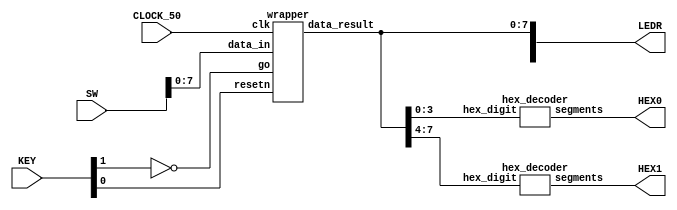
`timescale 1ns / 1ps

//implement a datapath and a FSM that controls the datapath
//so that it performs the computation:Ax2 + Bx + C

module main(SW, KEY, CLOCK_50, LEDR, HEX0, HEX1);
    input [9:0]SW;
    input [3:0]KEY;
    input CLOCK_50;
    output [9:0]LEDR;
    output [6:0]HEX0, HEX1;

    wire resetn;
    wire go;

    wire [7:0]data_result;
    assign go = ~KEY[1];
    assign resetn = KEY[0];

    wrapper u0(
        .clk(CLOCK_50),
        .resetn(resetn),
        .go(go),
        .data_in(SW[7:0]),
        .data_result(data_result)
    );
      
    assign LEDR[7:0] = data_result;

    hex_decoder H0(
        .hex_digit(data_result[3:0]), 
        .segments(HEX0)
        );
        
    hex_decoder H1(
        .hex_digit(data_result[7:4]), 
        .segments(HEX1)
        );

endmodule

module wrapper(
    input clk,
    input resetn,
    input go,
    input [7:0]data_in,
    output [7:0]data_result
    );

    // lots of wires to connect our datapath and control
    wire ld_a, ld_b, ld_c, ld_x, ld_r;
    wire ld_alu_out;
    wire [1:0]alu_select_a, alu_select_b;
    wire alu_op;

    control C0(
        .clk(clk),
        .resetn(resetn),
        
        .go(go),
        
        .ld_alu_out(ld_alu_out), 
        .ld_x(ld_x),
        .ld_a(ld_a),
        .ld_b(ld_b),
        .ld_c(ld_c), 
        .ld_r(ld_r), 
        
        .alu_select_a(alu_select_a),
        .alu_select_b(alu_select_b),
        .alu_op(alu_op)
    );

    datapath D0(
        .clk(clk),
        .resetn(resetn),

        .ld_alu_out(ld_alu_out), 
        .ld_x(ld_x),
        .ld_a(ld_a),
        .ld_b(ld_b),
        .ld_c(ld_c), 
        .ld_r(ld_r), 

        .alu_select_a(alu_select_a),
        .alu_select_b(alu_select_b),
        .alu_op(alu_op),

        .data_in(data_in),
        .data_result(data_result)
    );
                
 endmodule        
                

module control(
    input clk,
    input resetn,
    input go,

    output reg  ld_a, ld_b, ld_c, ld_x, ld_r,
    output reg  ld_alu_out,
    output reg [1:0]alu_select_a, alu_select_b,
    output reg alu_op
    );

    reg [5:0]current_state, next_state; 
    
    localparam  S_LOAD_A        = 5'd0,
                S_LOAD_A_WAIT   = 5'd1,
                S_LOAD_B        = 5'd2,
                S_LOAD_B_WAIT   = 5'd3,
                S_LOAD_C        = 5'd4,
                S_LOAD_C_WAIT   = 5'd5,
                S_LOAD_X        = 5'd6,
                S_LOAD_X_WAIT   = 5'd7,
                S_CYCLE_0       = 5'd8,
                S_CYCLE_1       = 5'd9,
                S_CYCLE_2       = 5'd10,
                S_CYCLE_3       = 5'd11,
		S_CYCLE_4       = 5'd12;
			 
    // Next state logic aka our state table
    always@(*)
    begin: state_table 
	case (current_state)
                S_LOAD_X: next_state = go ? S_LOAD_X_WAIT : S_LOAD_X; // Loop in current state until value is input
                S_LOAD_X_WAIT: next_state = go ? S_LOAD_X_WAIT : S_LOAD_A; // Loop in current state until go signal goes low
                S_LOAD_A: next_state = go ? S_LOAD_A_WAIT : S_LOAD_A; // Loop in current state until value is input
                S_LOAD_A_WAIT: next_state = go ? S_LOAD_A_WAIT : S_LOAD_B; // Loop in current state until go signal goes low
                S_LOAD_B: next_state = go ? S_LOAD_B_WAIT : S_LOAD_B; // Loop in current state until value is input
                S_LOAD_B_WAIT: next_state = go ? S_LOAD_B_WAIT : S_LOAD_C; // Loop in current state until go signal goes low
                S_LOAD_C: next_state = go ? S_LOAD_C_WAIT : S_LOAD_C; // Loop in current state until value is input
                S_LOAD_C_WAIT: next_state = go ? S_LOAD_C_WAIT : S_CYCLE_0; // Loop in current state until go signal goes low
                S_CYCLE_0: next_state = S_CYCLE_1;
                S_CYCLE_1: next_state = S_CYCLE_2;
		S_CYCLE_2: next_state = S_CYCLE_3;
		S_CYCLE_3: next_state = S_CYCLE_4;
                S_CYCLE_4: next_state = S_LOAD_X; // we will be done our two operations, start over after
		default: next_state = S_LOAD_X;
	endcase
    end // state_table
   

    // Output logic aka all of our datapath control signals
    always @(*)
    begin: enable_signals
        // By default make all our signals 0
        ld_alu_out = 1'b0;
        ld_a = 1'b0;
        ld_b = 1'b0;
        ld_c = 1'b0;
        ld_x = 1'b0;
        ld_r = 1'b0;
        alu_select_a = 2'b0;
        alu_select_b = 2'b0;
        alu_op = 1'b0;

        case (current_state)
            S_LOAD_A: begin
                ld_a = 1'b1;
            end
            S_LOAD_B: begin
                ld_b = 1'b1;
            end
            S_LOAD_C: begin
                ld_c = 1'b1;
            end
            S_LOAD_X: begin
                ld_x = 1'b1;
            end
	    // Do B <- B * X  //BX
            S_CYCLE_0: begin 
                ld_alu_out = 1'b1; ld_b = 1'b1;// store result back into B
                alu_select_a = 2'b11; // Select register X
                alu_select_b = 2'b01; // Also select register B
                alu_op = 1'b1; // Do multiply operation
            end
	    // Do A <- A * X  //AX
            S_CYCLE_1: begin 
                ld_alu_out = 1'b1; // store result back into A   
		ld_a = 1'b1;
                alu_select_a = 2'b00; // Select register A
                alu_select_b = 2'b11; // Also select register X
                alu_op = 1'b1; // Do multiply operation
            end
	    // Do A <- A * X  //AX2
	    S_CYCLE_2: begin 
                ld_alu_out = 1'b1; ld_a = 1'b1; // store result back into A
                alu_select_a = 2'b00; // Select register A
                alu_select_b = 2'b11; // Also select register X
                alu_op = 1'b1; // Do multiply operation
            end
	    // Do A <- A + B  //Ax2 + BX
	    S_CYCLE_3: begin 
                ld_alu_out = 1'b1; ld_a = 1'b1; // store result back into A
                alu_select_a = 2'b00; // Select register A
                alu_select_b = 2'b01; // Also select register B
                alu_op = 1'b0; // Do plus operation
            end
	    // Do R <- A + C  //AX2 + BX + C
	    S_CYCLE_4: begin 
		ld_r = 1'b1; // store result in result register
                alu_select_a = 2'b00; // Select register A
                alu_select_b = 2'b10; // Select register C
                alu_op = 1'b0; // Do plus operation
            end
	    // default:    // don't need default since we already made sure all of our outputs were assigned a value at the start of the always block
	endcase
    end // enable_signals
   
    // current_state registers
    always@(posedge clk)
    begin: state_FFs
        if(!resetn)
            current_state <= S_LOAD_A;
        else
            current_state <= next_state;
    end // state_FFS
endmodule

module datapath(
    input clk,
    input resetn,
    input [7:0]data_in,
    input ld_alu_out, 
    input ld_x, ld_a, ld_b, ld_c,
    input ld_r,
    input alu_op, 
    input [1:0]alu_select_a, alu_select_b,
    output reg [7:0]data_result
    );
    
    // input registers
    reg [7:0]a, b, c, x;

    // output of the alu
    reg [7:0]alu_out;
    // alu input muxes
    reg [7:0]alu_a, alu_b;
    
    // Registers a, b, c, x with respective input logic
    always@(posedge clk) begin
        if(!resetn) begin
            a <= 8'b0; 
            b <= 8'b0; 
            c <= 8'b0; 
            x <= 8'b0; 
        end
        else begin
            if(ld_a)
                a <= ld_alu_out ? alu_out : data_in; // load alu_out if load_alu_out signal is high, otherwise load from data_in
            if(ld_b)
                b <= ld_alu_out ? alu_out : data_in; // load alu_out if load_alu_out signal is high, otherwise load from data_in
            if(ld_x)
                x <= data_in;

            if(ld_c)
                c <= data_in;
        end
    end
 
    // Output result register
    always@(posedge clk) begin
        if(!resetn) begin
            data_result <= 8'b0; 
        end
        else 
            if(ld_r)
                data_result <= alu_out;
    end

    // The ALU input multiplexers
    always @(*)
    begin
        case (alu_select_a)
            2'd0:
                alu_a = a;
            2'd1:
                alu_a = b;
            2'd2:
                alu_a = c;
            2'd3:
                alu_a = x;
            default: alu_a = 8'b0;
        endcase

        case (alu_select_b)
            2'd0:
                alu_b = a;
            2'd1:
                alu_b = b;
            2'd2:
                alu_b = c;
            2'd3:
                alu_b = x;
            default: alu_b = 8'b0;
        endcase
    end

    // The ALU 
    always @(*)
    begin : ALU
        // alu
        case (alu_op)
            0: begin
                   alu_out = alu_a + alu_b; //performs addition
               end
            1: begin
                   alu_out = alu_a * alu_b; //performs multiplication
               end
            default: alu_out = 8'b0;
        endcase
    end
    
endmodule


module hex_decoder(hex_digit, segments);
    input [3:0] hex_digit;
    output reg [6:0] segments;
   
    always @(*)
        case (hex_digit)
            4'h0: segments = 7'b100_0000;
            4'h1: segments = 7'b111_1001;
            4'h2: segments = 7'b010_0100;
            4'h3: segments = 7'b011_0000;
            4'h4: segments = 7'b001_1001;
            4'h5: segments = 7'b001_0010;
            4'h6: segments = 7'b000_0010;
            4'h7: segments = 7'b111_1000;
            4'h8: segments = 7'b000_0000;
            4'h9: segments = 7'b001_1000;
            4'hA: segments = 7'b000_1000;
            4'hB: segments = 7'b000_0011;
            4'hC: segments = 7'b100_0110;
            4'hD: segments = 7'b010_0001;
            4'hE: segments = 7'b000_0110;
            4'hF: segments = 7'b000_1110;   
            default: segments = 7'h7f;
        endcase
endmodule